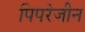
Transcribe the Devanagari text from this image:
पिपरेजीन